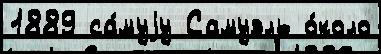
1889 са́муjу Самуэль о́коло